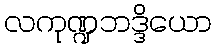
လကုဏ္ဍဘဒ္ဒိယော